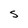
Character: S